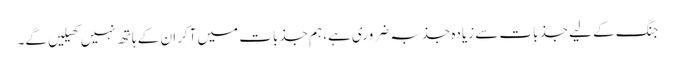
جنگ کے لیے جذبات سے زیادہ جذبہ ضروری ہے، ہم جذبات میں آکر ان کے ہاتھ نہیں کھیلیں گے۔